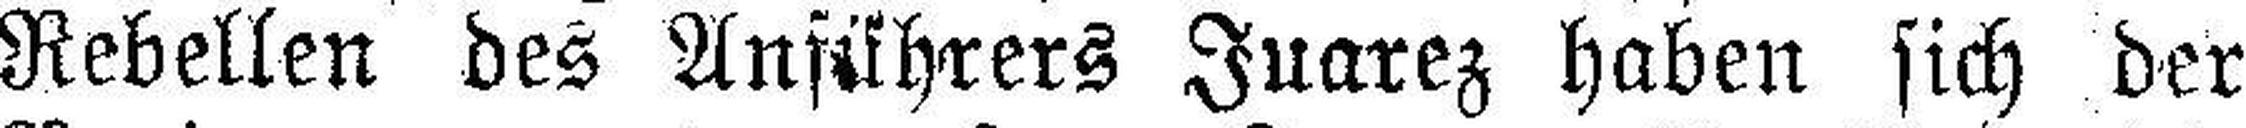
Rebellen des Anführers Juarez haben sich der